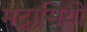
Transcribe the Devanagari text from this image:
मद्रासियों